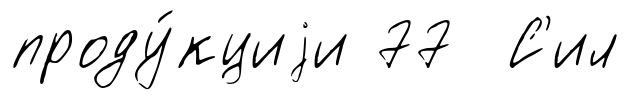
проду́кциjи 77 С'ил